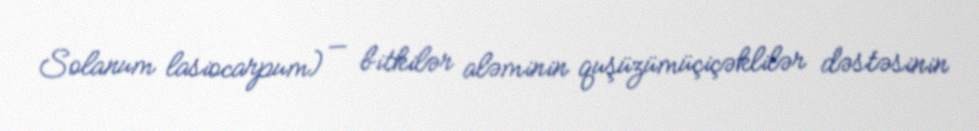
Solanum lasiocarpum) — bitkilər aləminin quşüzümüçiçəklilər dəstəsinin